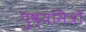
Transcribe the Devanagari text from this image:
पुष्यमित्रों